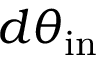
d \theta _ { \mathrm { i n } }